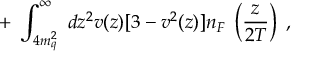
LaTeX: + \; \int _ { 4 m _ { q } ^ { 2 } } ^ { \infty } \; d z ^ { 2 } v ( z ) [ 3 - v ^ { 2 } ( z ) ] n _ { F } \; \left( \frac { z } { 2 T } \right) \; ,